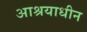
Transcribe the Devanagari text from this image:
आश्रयाधीन